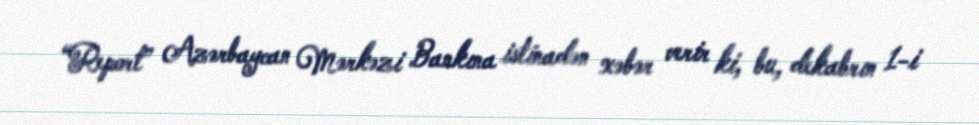
“Report” Azərbaycan Mərkəzi Bankına istinadən xəbər verir ki, bu, dekabrın 1-i